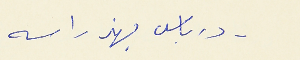
- درباس يهذ راسه